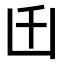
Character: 𠙺